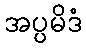
အပ္ပမိဒံ